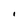
Character: I